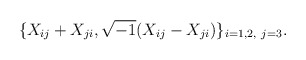
\begin{align*}\{X_{ij}+X_{ji}, \sqrt{-1}(X_{ij}-X_{ji})\}_{i=1,2,~j=3}.\end{align*}